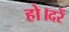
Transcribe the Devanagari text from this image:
हो।दरें